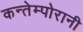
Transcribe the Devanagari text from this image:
कन्तेम्पोरानी